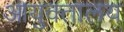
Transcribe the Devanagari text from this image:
आयुक्‍तालय